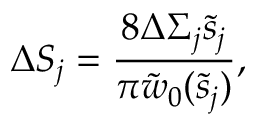
\Delta S _ { j } = \frac { 8 \Delta \Sigma _ { j } \tilde { s } _ { j } } { \pi \tilde { w } _ { 0 } ( \tilde { s } _ { j } ) } ,